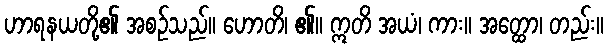
ဟာရနယတို့၏ အစဉ်သည်။ ဟောတိ၊ ၏။ ဣတိ အယံ၊ ကား။ အတ္ထော၊ တည်း။